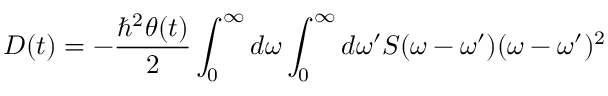
D ( t ) = - \frac { \hbar ^ { 2 } \theta ( t ) } { 2 } \int _ { 0 } ^ { \infty } { d \omega } \int _ { 0 } ^ { \infty } { d \omega ^ { \prime } } S ( \omega - \omega ^ { \prime } ) ( \omega - \omega ^ { \prime } ) ^ { 2 }